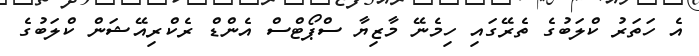
އެ ހަތަރު ކްލަބުގެ ތެރޭގައި ހިމެނޭ މާޒިޔާ ސްޕޯޓްސް އެންޑް ރެކްރިއޭޝަން ކްލަބުގެ